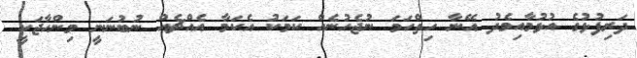
ދަރިފުޅުގެ އުޅުމާއިމެދު އޭނާ ހިތްހަމަ ނުޖެހުނެއް ކަމަކު އެކަމާ އެއްޗެއް ނުބުނަނީ މިންހާޖަކީ